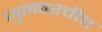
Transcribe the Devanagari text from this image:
जुन्‍नरचीच